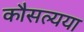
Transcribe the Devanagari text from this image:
कौसल्यया